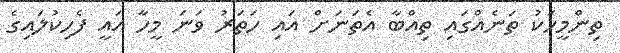
ތިންމީހަކު ތަނެއްގައި ތިއްބާ އެތަނަށް އައި ހަތަރު ވަނަ މީހާ އައީ ފެހިކުލައިގެ